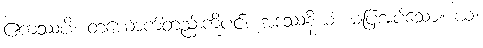
ဧကဿပိ၊ တယောက်တည်းကိုပင်။ အဒဿနိယံ၊ မပြအပ်သော။ ယံ၊